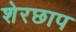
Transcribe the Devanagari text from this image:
शेरछाप